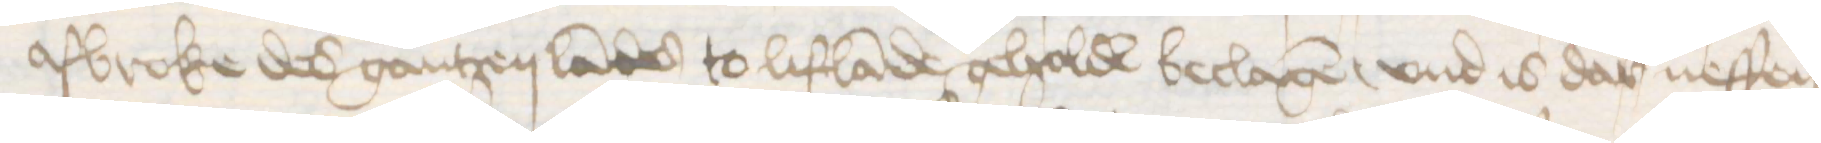
afbroke des gantzen landes to Liflande geholde beclagen, vnd is dar neffen